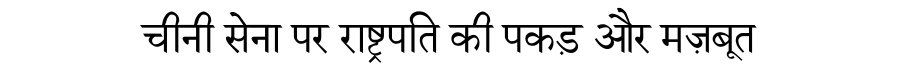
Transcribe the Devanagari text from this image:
चीनी सेना पर राष्ट्रपति की पकड़ और मज़बूत